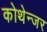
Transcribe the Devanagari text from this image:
कोथेन्जर